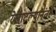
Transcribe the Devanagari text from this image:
रेखाटल्यानंतर